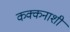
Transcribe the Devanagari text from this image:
कक्कनाशी